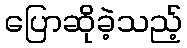
ပြောဆိုခဲ့သည့်